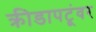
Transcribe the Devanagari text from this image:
क्रीडापटूंवर